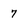
Character: 7